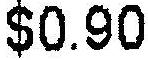
$0.90